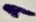
Text: 1